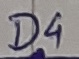
Text: D4